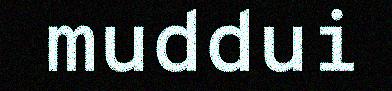
muddui